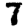
Digit: 7